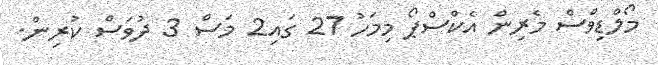
މޯލްޑިވްސް މެރިން އެކްސްޕޯ މިމަހު 27 ގައި2 މަސް 3 ދުވަސް ކުރިން.